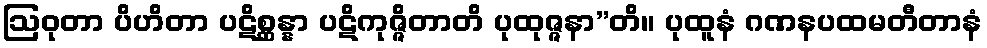
ဩဝုတာ ပိဟိတာ ပဋိစ္ဆန္နာ ပဋိကုဇ္ဇိတာတိ ပုထုဇ္ဇနာ”တိ။ ပုထူနံ ဂဏနပထမတီတာနံ